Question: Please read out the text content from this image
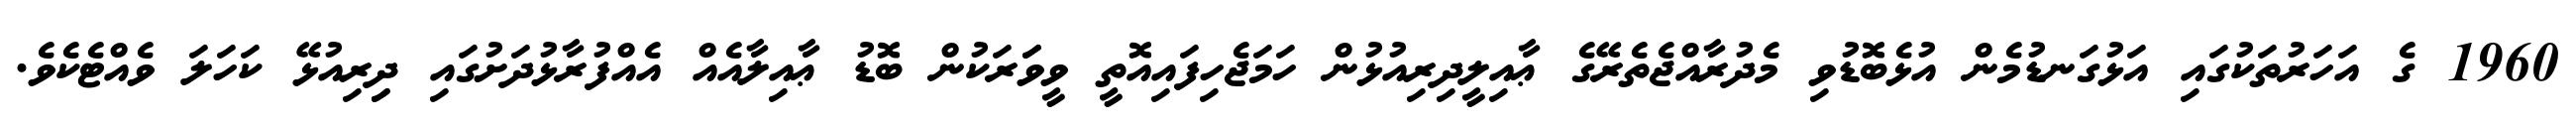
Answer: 1960 ގެ އަހަރުތަކުގައި އަޅުގަނޑުމެން އުޅެބޮޑުވި މެދުރާއްޖެތެރޭގެ ޢާއިލީދިރިއުޅުން ހަމަޖެހިފައިއޮތީ ވީވަަރަކުން ބޮޑު ޢާއިލާއެއް އެއްފުރާޅުދަށުގައި ދިިރިއުޅޭ ކަހަލަ ވެއްޓެކެވެ.